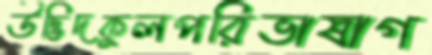
উদ্ভিদকুলপরিভাষাগ